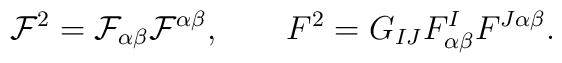
{\cal F}^{2} = {\cal F}_{\alpha\beta}{\cal F}^{\alpha\beta},\qquad F^{2}=G_{IJ}F_{\alpha \beta }^{I}F^{J\alpha \beta }.